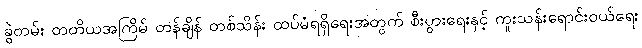
ခွဲတမ်း တတိယအကြိမ် တန်ချိန် တစ်သိန်း ထပ်မံရရှိရေးအတွက် စီးပွားရေးနှင့် ကူးသန်းရောင်းဝယ်ရေး